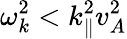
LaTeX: \omega_{k}^{2}<k_{\parallel}^{2}v_{A}^{2}